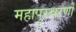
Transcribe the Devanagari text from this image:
महापुरश्चरणों